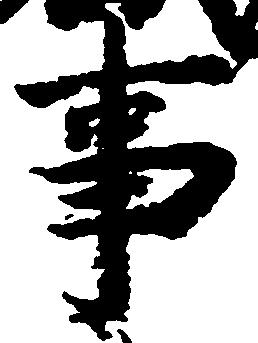
事